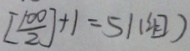
[ \frac { 1 0 0 } { 2 } ] + 1 = 5 1 ( 组 )